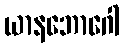
ယာနဘောဂေါ